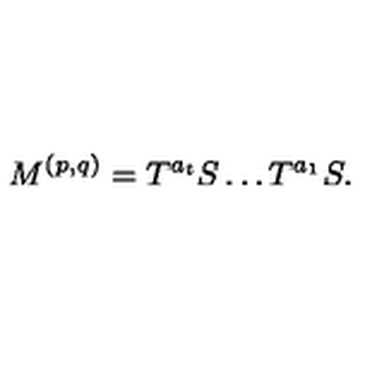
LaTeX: M ^ { ( p , q ) } = T ^ { a _ { t } } S \ldots T ^ { a _ { 1 } } S .